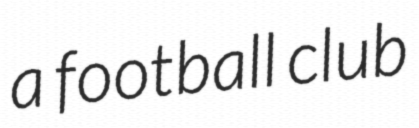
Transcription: a football club